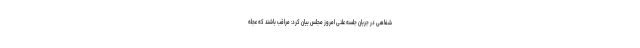
شفاهی در جریان جلسه علنی امروز مجلس بیان کرد: مراقب باشند که عجله